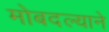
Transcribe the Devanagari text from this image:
मोबदल्याने